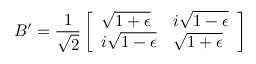
B ^ { \prime } = \frac { 1 } { \sqrt { 2 } } \left[ \begin{array} { l l } { \sqrt { 1 + \epsilon } } & { i \sqrt { 1 - \epsilon } } \\ { i \sqrt { 1 - \epsilon } } & { \sqrt { 1 + \epsilon } } \end{array} \right]